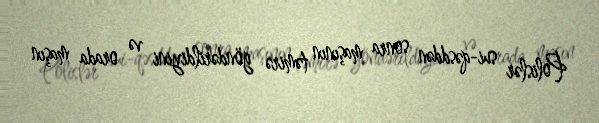
Polislər sui-qəsddən sonra maşının təmirə göndərildiyini və orada maşın